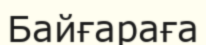
Байғараға